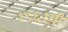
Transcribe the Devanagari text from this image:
१९६१ची